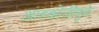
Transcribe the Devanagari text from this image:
आडकोजींमुळे